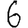
Digit: 6